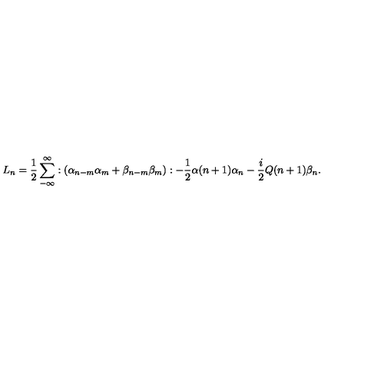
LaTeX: L _ { n } = \frac { 1 } { 2 } \sum _ { - \infty } ^ { \infty } : ( \alpha _ { n - m } \alpha _ { m } + \beta _ { n - m } \beta _ { m } ) : - \frac { 1 } { 2 } \alpha ( n + 1 ) \alpha _ { n } - \frac { i } { 2 } Q ( n + 1 ) \beta _ { n } .